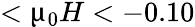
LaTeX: <\upmu_{0}H<-0.10